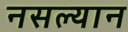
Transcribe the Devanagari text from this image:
नसल्यान